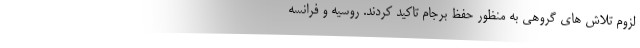
لزوم تلاش های گروهی به منظور حفظ برجام تاکید کردند. روسیه و فرانسه